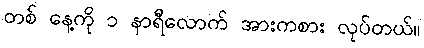
တစ် နေ့ကို ၁ နာရီလောက် အားကစား လုပ်တယ်။